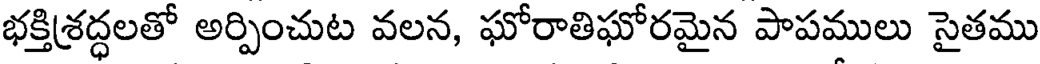
భక్తిశ్రద్ధలతో అర్పించుట వలన, ఘోరాతిఘోరమైన పాపములు సైతము